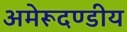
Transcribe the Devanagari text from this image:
अमेरूदण्डीय